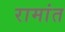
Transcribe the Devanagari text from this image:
रामांत